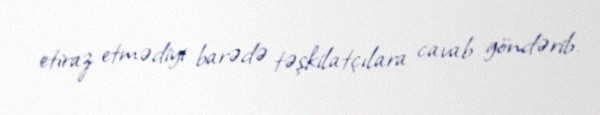
etiraz etmədiyi barədə təşkilatçılara cavab göndərib.